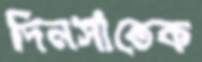
দিনসাতেক